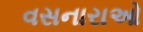
વસનારાઓ